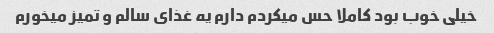
خیلی خوب بود کاملا حس میکردم دارم یه غذای سالم و تمیز میخورم